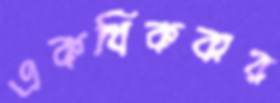
একধিকবার